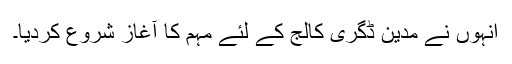
انہوں نے مدین ڈگری کالج کے لئے مہم کا آغاز شروع کردیا۔